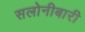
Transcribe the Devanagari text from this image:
सलोनीबारी